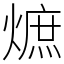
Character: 熫